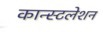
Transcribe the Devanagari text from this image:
कान्स्टलेशन